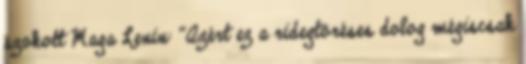
szokott Maga Lenin: "Azért ez a ridegtöréses dolog mégiscsak